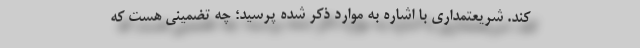
کند. شریعتمداری با اشاره به موارد ذکر شده پرسید؛ چه تضمینی هست که